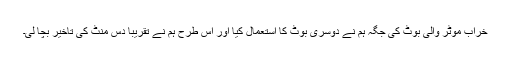
خراب موٹر والی بوٹ کی جگہ ہم نے دوسری بوٹ کا استعمال کیا اور اس طرح ہم نے تقریباً دس منٹ کی تاخیر بچا لی۔